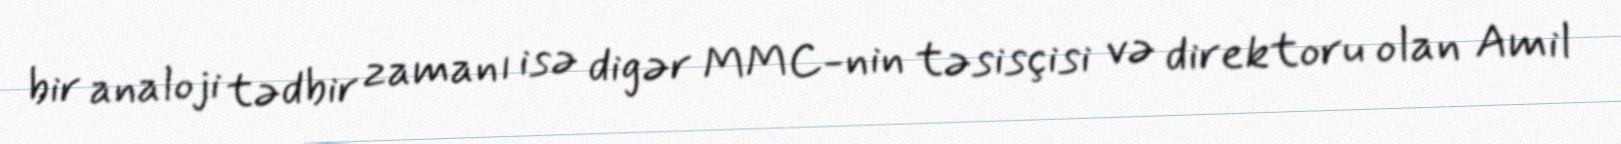
bir analoji tədbir zamanı isə digər MMC-nin təsisçisi və direktoru olan Amil